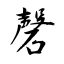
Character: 磬